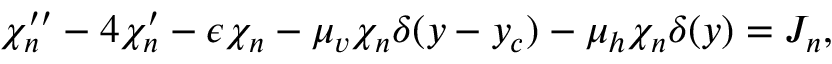
~ \chi _ { n } ^ { \prime \prime } - 4 \chi _ { n } ^ { \prime } - \epsilon \chi _ { n } - \mu _ { v } \chi _ { n } \delta ( y - y _ { c } ) - \mu _ { h } \chi _ { n } \delta ( y ) = J _ { n } ,